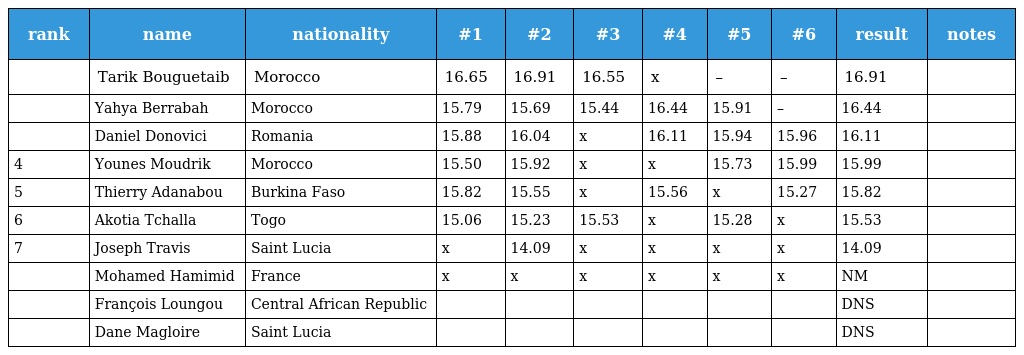
| rank | name | nationality | #1 | #2 | #3 | #4 | #5 | #6 | result | notes |
 | --- | --- | --- | --- | --- | --- | --- | --- | --- | --- | --- |
 |  | Tarik Bouguetaib | Morocco | 16.65 | 16.91 | 16.55 | x | – | – | 16.91 |  |
 |  | Yahya Berrabah | Morocco | 15.79 | 15.69 | 15.44 | 16.44 | 15.91 | – | 16.44 |  |
 |  | Daniel Donovici | Romania | 15.88 | 16.04 | x | 16.11 | 15.94 | 15.96 | 16.11 |  |
 | 4 | Younes Moudrik | Morocco | 15.50 | 15.92 | x | x | 15.73 | 15.99 | 15.99 |  |
 | 5 | Thierry Adanabou | Burkina Faso | 15.82 | 15.55 | x | 15.56 | x | 15.27 | 15.82 |  |
 | 6 | Akotia Tchalla | Togo | 15.06 | 15.23 | 15.53 | x | 15.28 | x | 15.53 |  |
 | 7 | Joseph Travis | Saint Lucia | x | 14.09 | x | x | x | x | 14.09 |  |
 |  | Mohamed Hamimid | France | x | x | x | x | x | x | NM |  |
 |  | François Loungou | Central African Republic |  |  |  |  |  |  | DNS |  |
 |  | Dane Magloire | Saint Lucia |  |  |  |  |  |  | DNS |  |